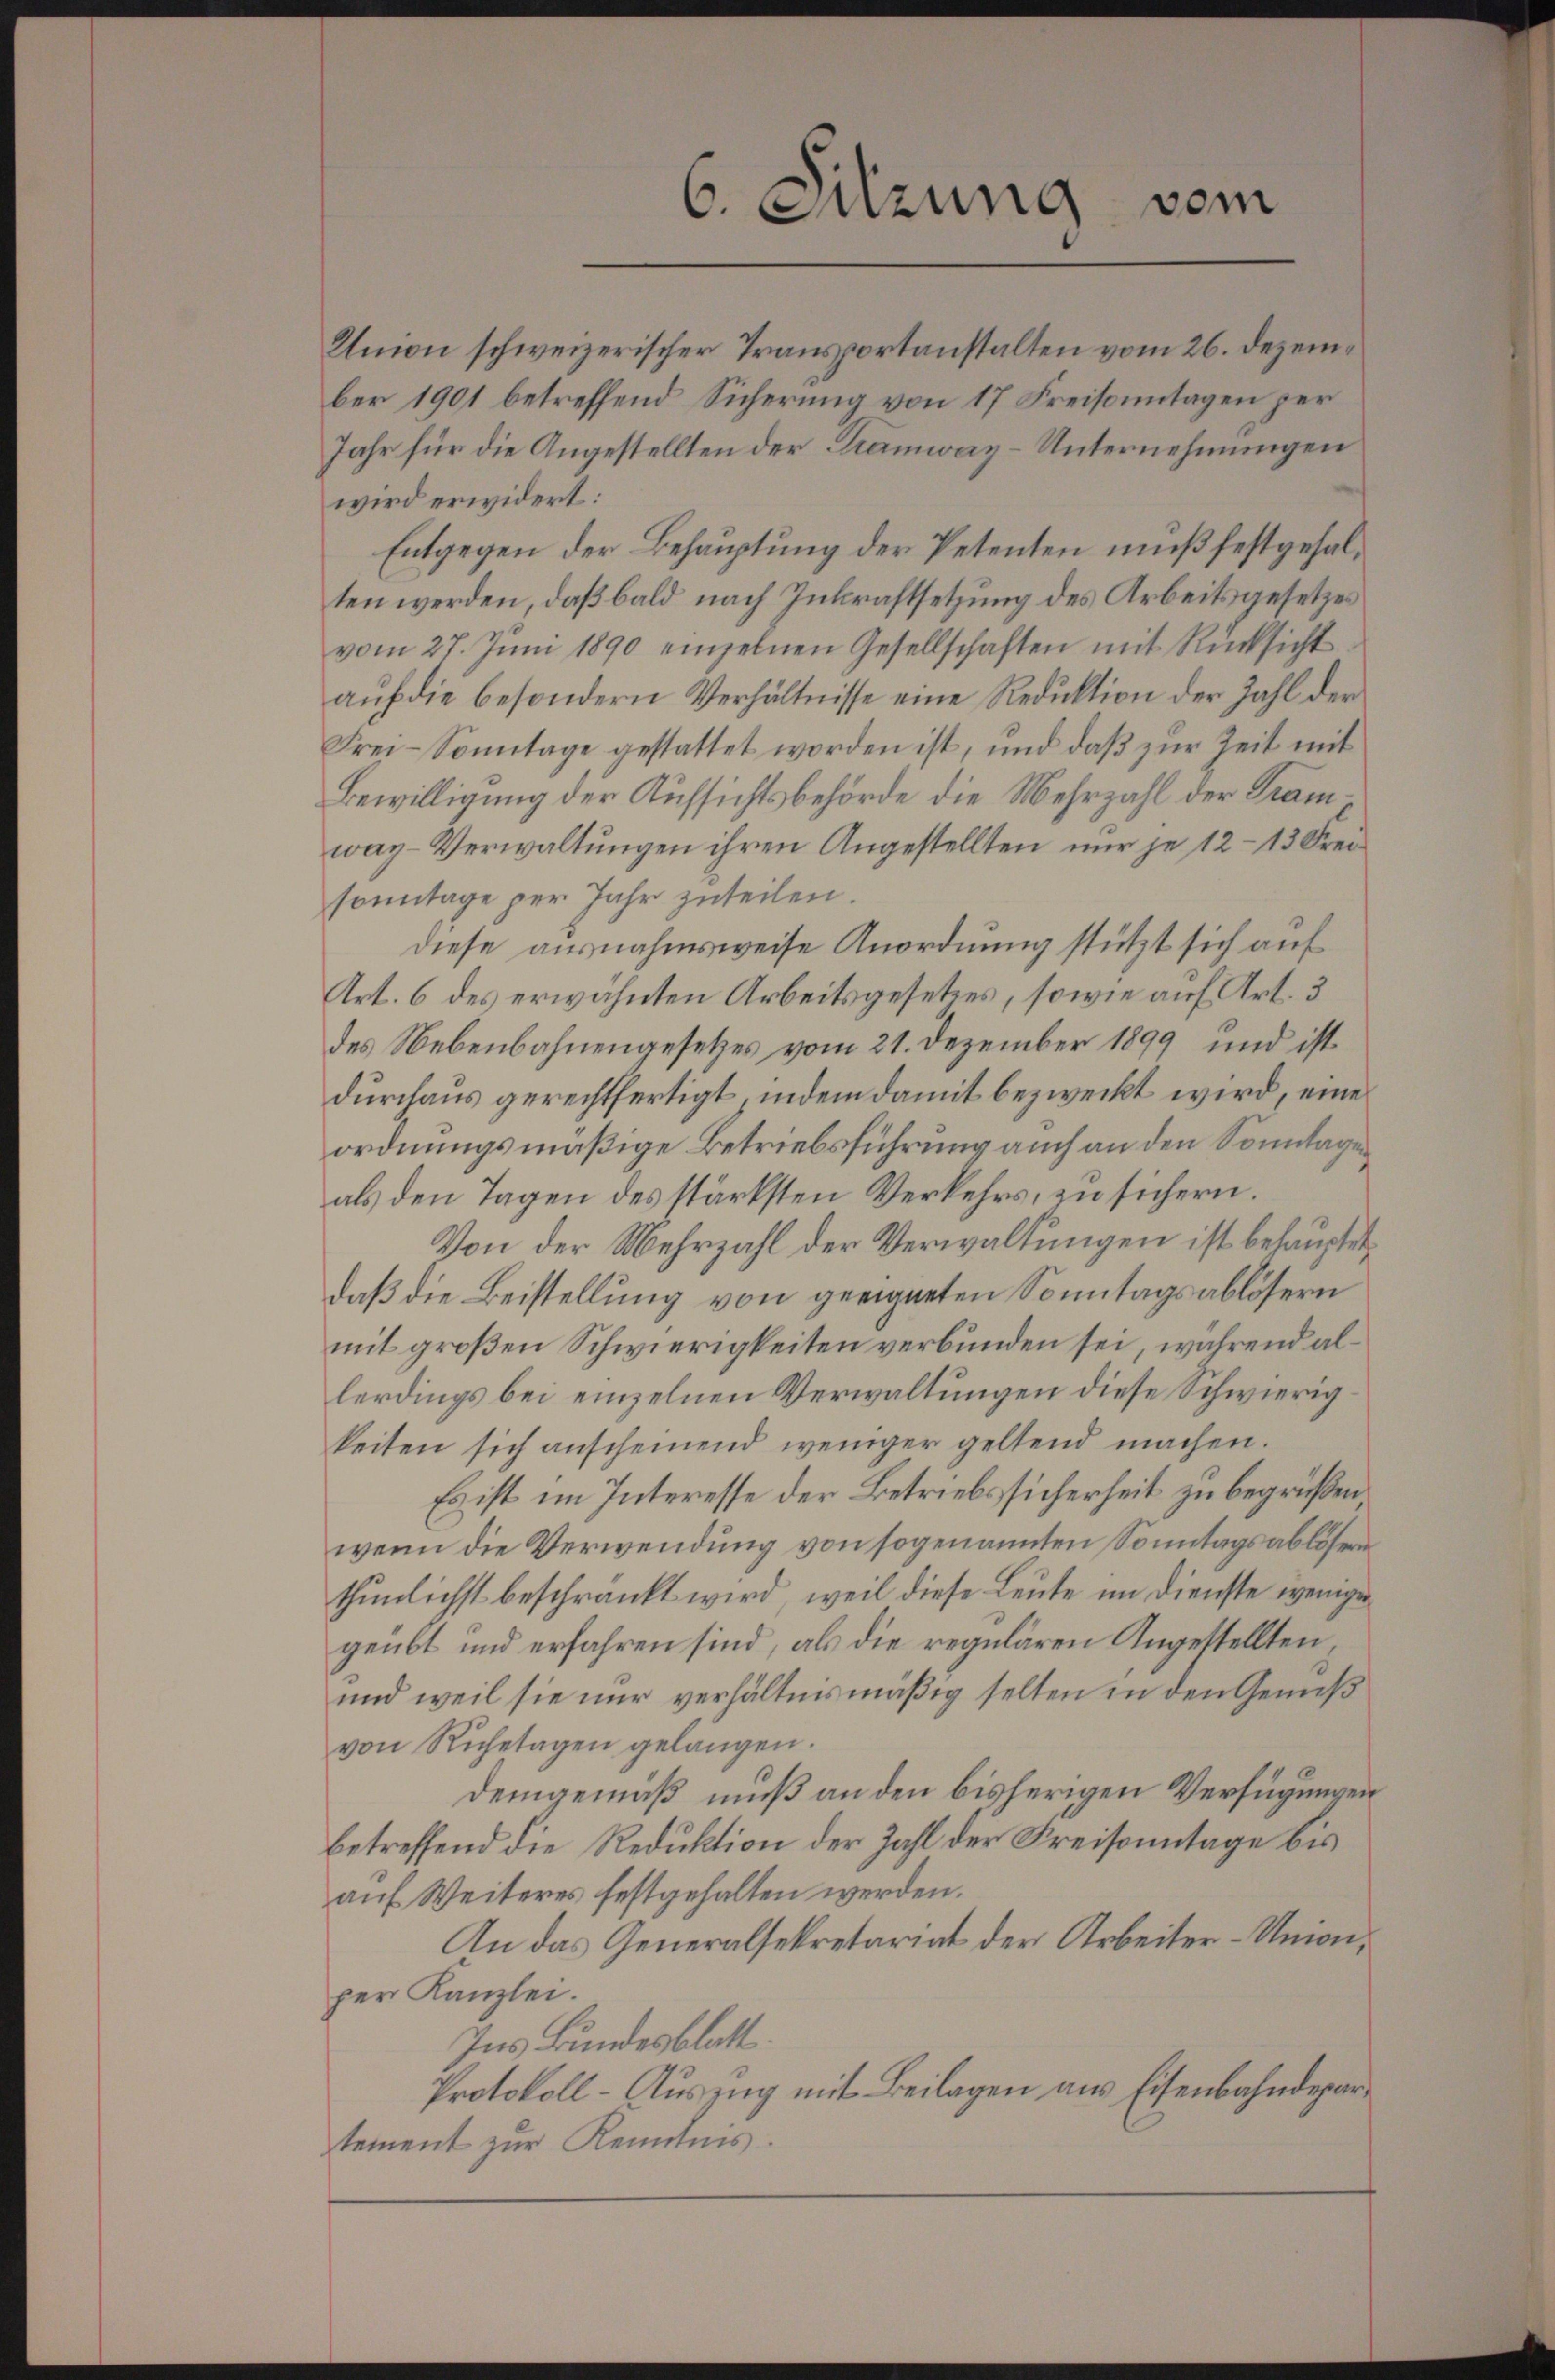
6. Sitzung vom

waz-Verwaltungen ihren Angestellten nur je 12–13 Freisonntage per Jahr zuteilen.
diese ausnahmsweise Anordnung stützt sich auf
Art. 6 des erwähnten Arbeitsgesetzes, sowie auf Art. 3
des Nebenbahnengesetzes vom 21. Dezember 1899 und ist
durchaus gerechtfertigt, indem damit bezweckt wird, eine
ordnungsmäßige Betriebsführung auch an den Sonntagen
als den Tagen des stärksten Verkehrs, zu sichern.
Von der Mehrzahl der Verwaltungen ist behauptet,
daß die Beistellung von geeigneten Sonntagsablösern
mit großen Schwierigkeiten verbunden sei, während allerdings bei einzelnen Verwaltungen diese Schwierigkeiten sich anscheinend weniger geltend machen.
Es ist im Interesse der Betriebssicherheit zu begrüßen
wenn die Verwendung von sogenannten Sonntagsablösern
thunlichst beschränkt wird, weil diese Leute im Dienste wenige
geübt und erfahren sind, als die regulären Angestellten,
und weil sie nur verhältnismäßig selten in den Genieß
von Ruhetagen gelangen.
Demgemäß muß an den bisherigen Verfügungen
betreffend die Reduktion der Zahl der Kreisonntage bis
auf Weiteres festgehalten werden.
An das Generalsekretariat der Arbeiter-Unionper Kanzlei.
Ins Bundesblatt.
Protokoll - Auszug mit Beilagen aus Eisenbahndepartement zur Kenntnis.

Umon schweizerischer Transportanstalten vom 26. Dezember 1901 betreffend Sicherung von 17 Freisonntagen per
Jahr für die Angestellten der Tramway-Unternehmungen
wird erwidert:
Entgegen der Behauptung der Petenten muß festgehalten werden, daß bald nach Inkraftsetzung des Arbeitsgesetzes
vom 27. Jŭni 1890 einzelnen Gesellschaften mit Rücksicht
auf die besondern Verhältnisse eine Reduktion der Zahl der
Frei-Sonntage gestattet worden ist, und daβ zŭr Zeit mit
Bewilligung der Aufsichtsbehörde die Mehrzahl der Tram¬